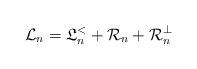
LaTeX: \begin{align*}{\cal L}_n = {\mathfrak L}_n^{<} + {\cal R}_n + {\cal R}_n^\bot \end{align*}